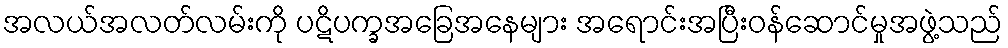
အလယ်အလတ်လမ်းကို ပဋိပက္ခအခြေအနေများ အရောင်းအပြီးဝန်ဆောင်မှုအဖွဲ့သည်